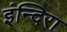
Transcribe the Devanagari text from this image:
इंन्दिरा